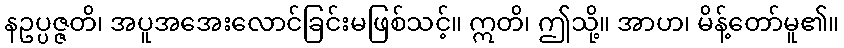
နဥပ္ပဇ္ဇတိ၊ အပူအအေးလောင်ခြင်းမဖြစ်သင့်။ ဣတိ၊ ဤသို့။ အာဟ၊ မိန့်တော်မူ၏။